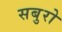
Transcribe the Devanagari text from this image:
सबुरो